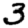
Digit: 3